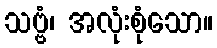
သဗ္ဗံ၊ အလုံးစုံသော။